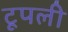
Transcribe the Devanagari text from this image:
टूपली